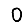
Digit: 0